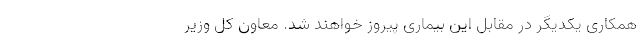
همکاری یکدیگر در مقابل این بیماری پیروز خواهند شد. معاون کل وزیر